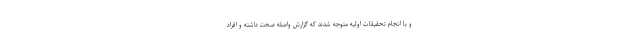
و با انجام تحقیقات اولیه متوجه شدند که گزارش واصله صحت داشته و افراد